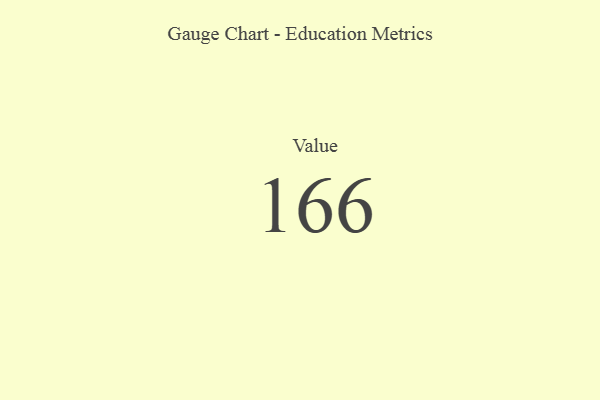
{"axis": {"x": "Metric", "y": "Value"}, "legend": [""], "data": [{"x": "Value", "y": 166, "type": ""}]}